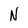
Character: N